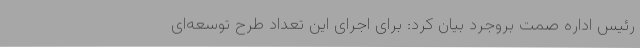
رئیس اداره صمت بروجرد بیان کرد: برای اجرای این تعداد طرح توسعه‌ای